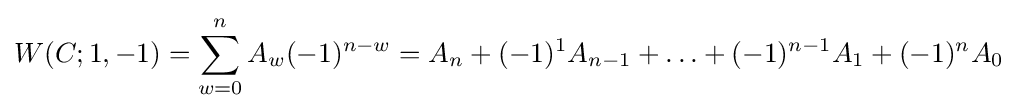
W(C;1,-1)=\sum _{w=0}^{n}A_{w}(-1)^{n-w}=A_{n}+(-1)^{1}A_{n-1}+\ldots +(-1)^{n-1}A_{1}+(-1)^{n}A_{0}